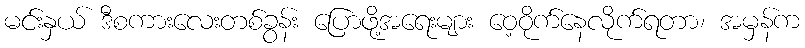
မင်းနှယ် ဒီစကားလေးတစ်ခွန်း ပြောဖို့အရေးများ ဝေ့ဝိုက်နေလိုက်ရတာ၊ အမှန်က